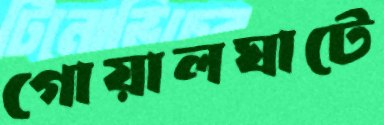
গোয়ালঘাটে